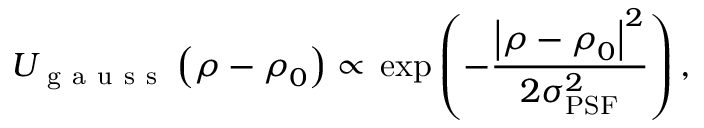
U _ { \mathrm { ~ g ~ a ~ u ~ s ~ s ~ } } \left( \boldsymbol { \rho } - \boldsymbol { \rho } _ { 0 } \right) \propto \, \exp \left( - \frac { \left| \boldsymbol { \rho } - \boldsymbol { \rho } _ { 0 } \right| ^ { 2 } } { 2 \sigma _ { \mathrm { P S F } } ^ { 2 } } \right) ,